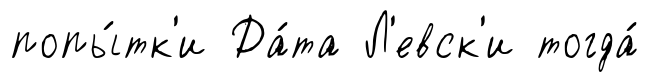
попы́тк'и Да́та Л'евск'и тогда́